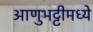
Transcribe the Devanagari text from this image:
आणुभट्टीमध्ये